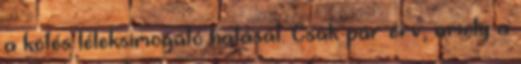
a kötés léleksimogató hatását. Csak pár érv, amely a